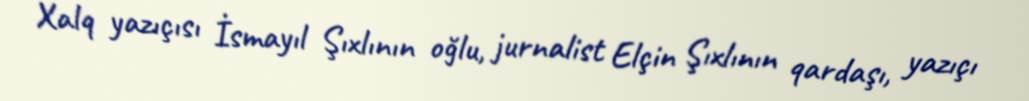
Xalq yazıçısı İsmayıl Şıxlının oğlu, jurnalist Elçin Şıxlının qardaşı, yazıçı